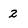
Character: 2